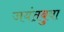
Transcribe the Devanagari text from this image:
जयंतबुवा